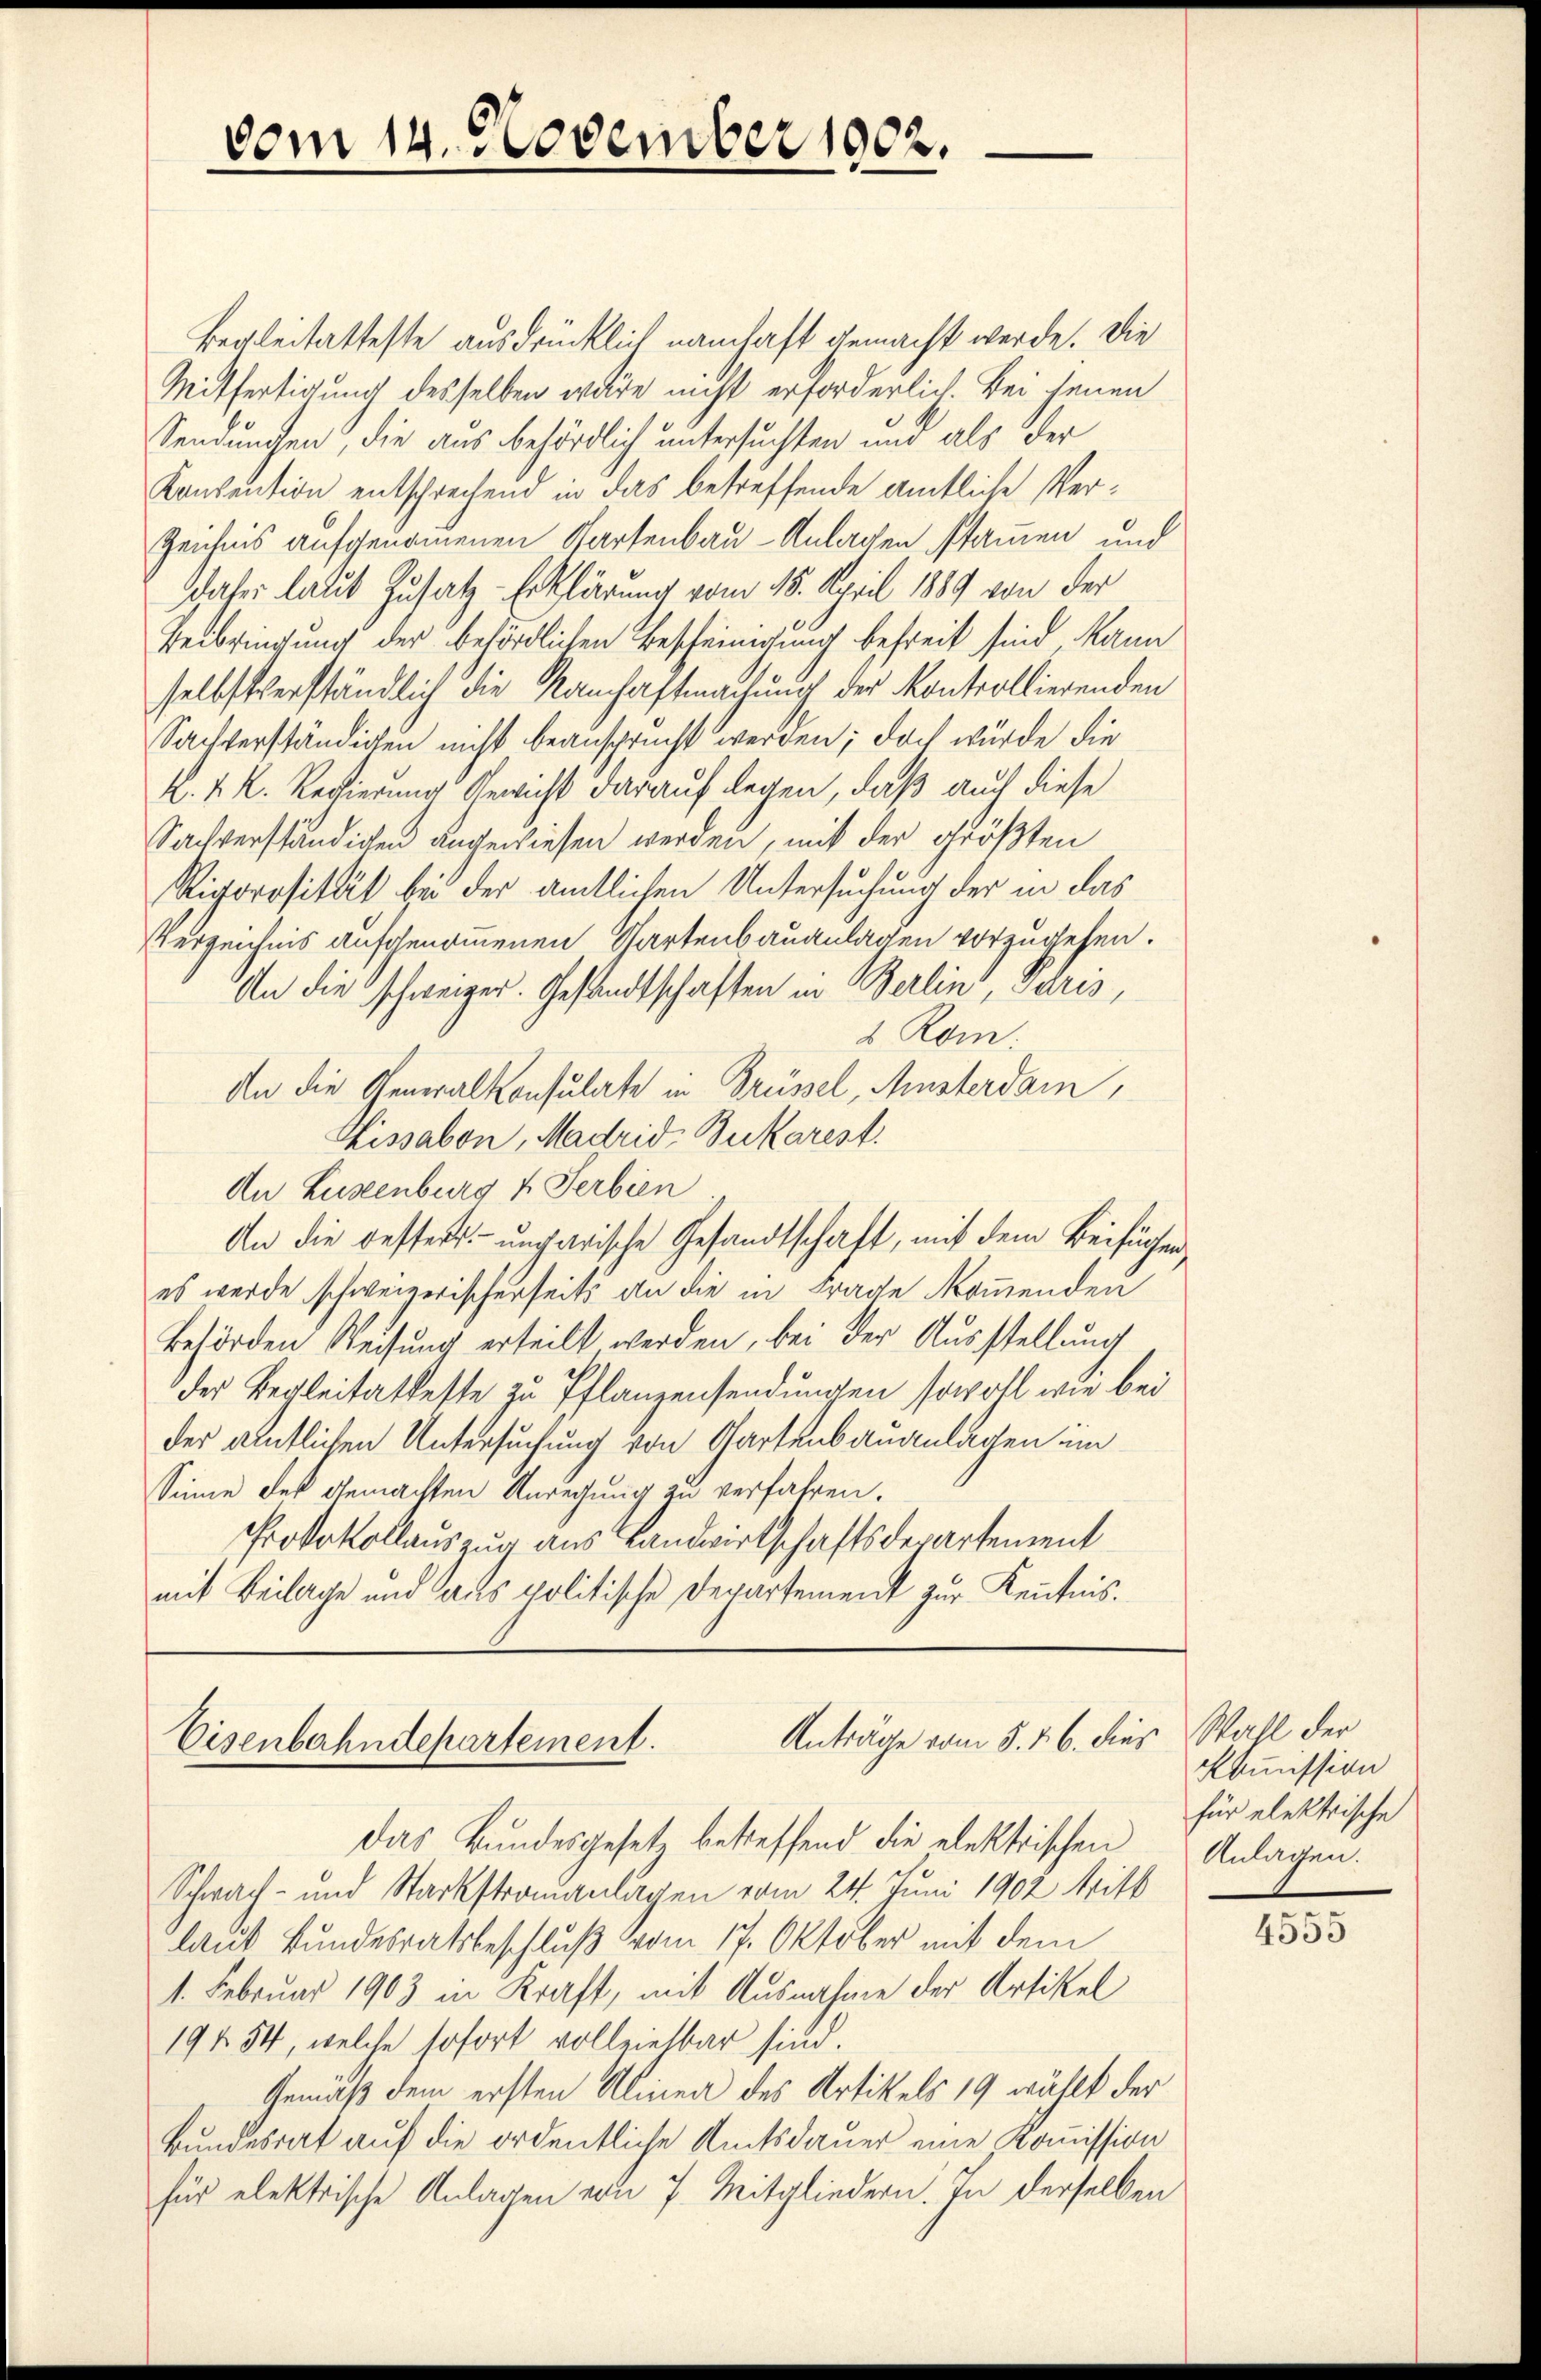
Begleitetteste ausdrücklich namhaft gemacht werde. Die
Mitfertigung desselben wäre nicht erforderlich. Bei jenen
Sendungen, die aus behördlich untersuchten und als der
Konsention entschrechend in das betreffende amtliche Ver¬
Zeichnis aufgenommenen Kartenbau-Anlagen stamen und
Daher laut Zusatz-Erklärung vom 15. April 1889 von der
Verbringung der behördlichen Bescheinigung befreit sind kann
selbstverständlich die Rauschaftmachung der Kontrollierenden
Sachverständigen nicht beansprucht werden; doch würde die
K. K. K. Regierung Gewicht darauf legen, daß auch diese
Sachverständigen angewiesen werden, mit der größten
Rigorosität bei der amtlichen Untersuchung der in das
Verzeichnis aufgenommenen Gartenbauanlagen vorzugehen.
An die schweizer. Gesandtschaften in Berlin, Paris,
2 Rom.
An die Generalkonsulate in Brüssel, Musterdam,
Lissabon, Madrid, Bukarest.
An Luxenburg u. Serbien
An die besters ungarische Gesandtschaft, mit dem Beifügenes werde schweizerischerseits an die in Frage kommenden
behörden Weisung erteilt werden, bei der Ausstellung
der Begleitatheste zu Pflanzensendungen sowohl wie bei
der ämtlichen Untersuchung von Gartenbauanlagen im
Sinne des gemachten Anregung zu verfahren.
Protokollauszug aus Landwirtschaftsderartement
mit Beilage und aus politische Departement zur Kenntnis¬

vom 14. November 1902.

Anträge vom 5. 16. dies
Eisenbahndepartement.

das Bundesgesetz betreffend die elektrischen
Schwach- und Starkstrauanlagen vom 24. Juni 1902 Mitt
laut Bundesratsbeschluß vom 17. Oktober mit dem
1. Februar 1903 in Kraft, mit Ausnahme der Artikel
19454, welche sofort volleielbar sind.
Gemäß dem ersten Alinea des Artikels 19 wählt der
Bundesrat auf die ordentliche Amtsdauer eine Kommission
für elektrische Anlagen von 7. Mitgliedern In derselben

Wahl der
Kommission
für elektrische
Anlagen.

4555